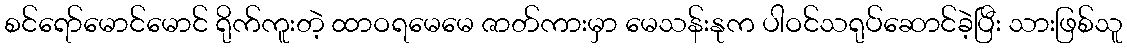
စင်ရော်မောင်မောင် ရိုက်ကူးတဲ့ ထာဝရမေမေ ဇာတ်ကားမှာ မေသန်းနုက ပါဝင်သရုပ်ဆောင်ခဲ့ပြီး သားဖြစ်သူ